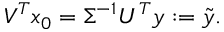
V ^ { T } x _ { 0 } = \Sigma ^ { - 1 } U ^ { T } y : = \tilde { y } .